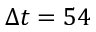
\Delta t = 5 4